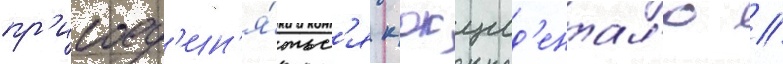
пр'исоед'ин'я́тьс'я к окцид'ентал'ю //